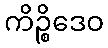
ကိဉ္စိဒေဝ